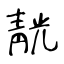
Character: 靗